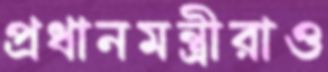
প্রধানমন্ত্রীরাও